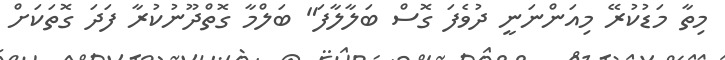
މިތާ މަޑުކުރޭ މިއަންނަނީ ދުވެފަ ގޮސް ބަލާލާފަ" ބަލްމާ ގޮތްދޫނުކުރާ ފަދަ ގޮތަކަށް